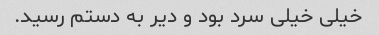
خیلی خیلی سرد بود و دیر به دستم رسید.